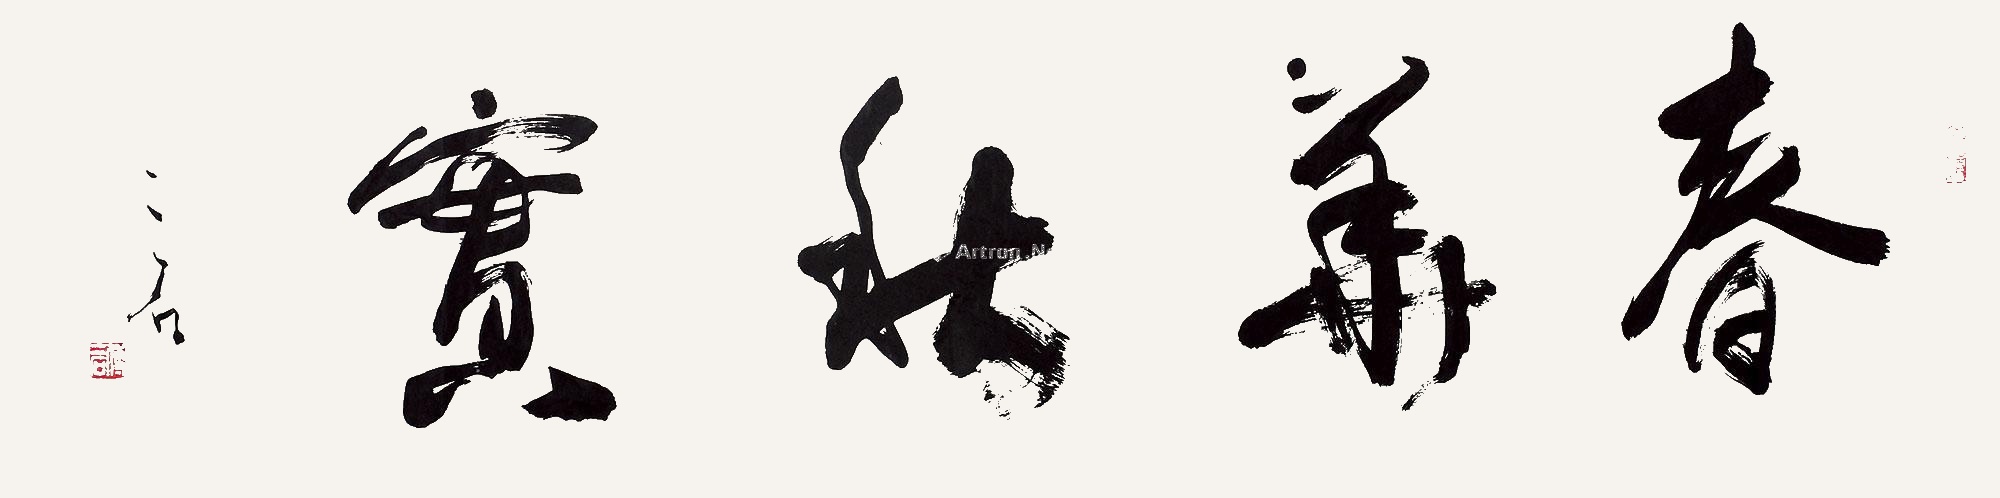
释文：春华秋实，二石。